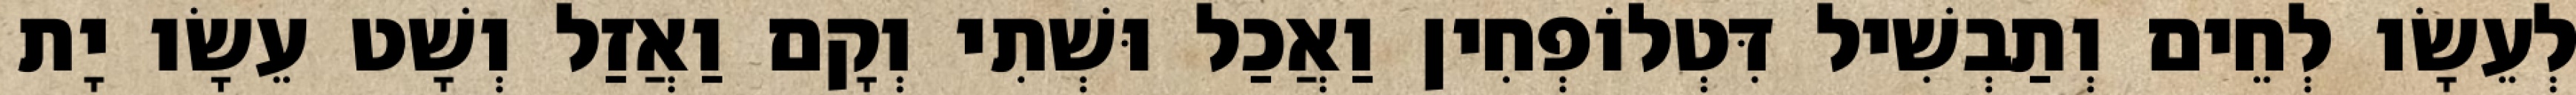
לְעֵשָׂו לְחֵים וְתַבְשִׁיל דִּטְלוֹפְחִין וַאֲכַל וּשְׁתִי וְקָם וַאֲזַל וְשָׁט עֵשָׂו יָת